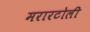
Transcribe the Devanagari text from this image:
मरारटोली